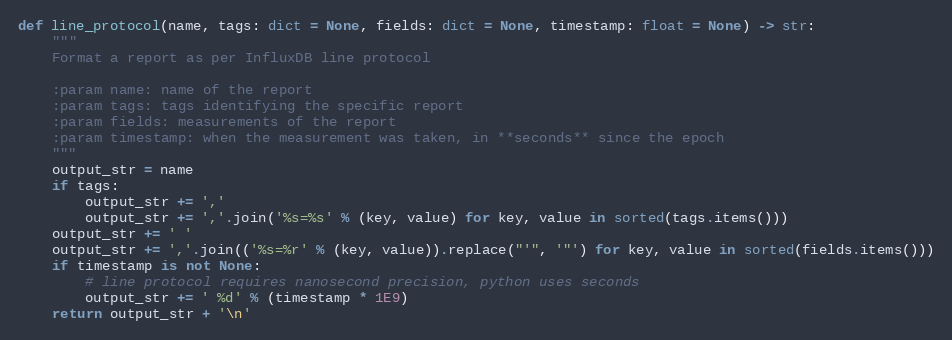
Language: Python
def line_protocol(name, tags: dict = None, fields: dict = None, timestamp: float = None) -> str:
    """
    Format a report as per InfluxDB line protocol

    :param name: name of the report
    :param tags: tags identifying the specific report
    :param fields: measurements of the report
    :param timestamp: when the measurement was taken, in **seconds** since the epoch
    """
    output_str = name
    if tags:
        output_str += ','
        output_str += ','.join('%s=%s' % (key, value) for key, value in sorted(tags.items()))
    output_str += ' '
    output_str += ','.join(('%s=%r' % (key, value)).replace("'", '"') for key, value in sorted(fields.items()))
    if timestamp is not None:
        # line protocol requires nanosecond precision, python uses seconds
        output_str += ' %d' % (timestamp * 1E9)
    return output_str + '\n'